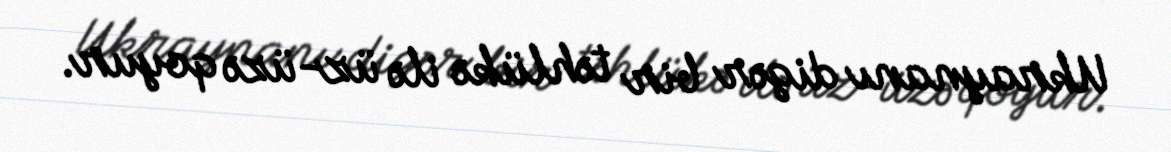
Ukraynanı digər bir təhlükə ilə üz-üzə qoyur.